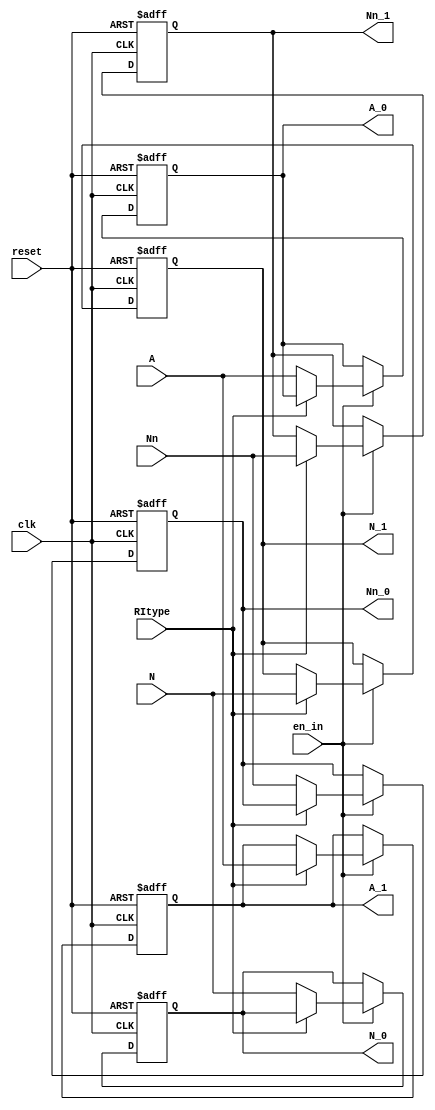
`timescale 1ns / 1ps
//////////////////////////////////////////////////////////////////////////////////
// Company: 
// Engineer: 
// 
// Design Name: 
// Module Name:    run_parameter 
// Project Name: 
// Target Devices: 
// Tool versions: 
// Description: 
//
// Dependencies: 
//
// Revision: 
// Revision 0.01 - File Created
// Additional Comments: 
//
//////////////////////////////////////////////////////////////////////////////////
module run_parameter(clk, reset, en_in,RItype, A, Nn, N, A_1, Nn_1, N_1, A_0, Nn_0, N_0);
    input clk;
    input reset;
    input en_in;
	 input RItype;
    input [12:0] A;
    input [6:0] Nn;
    input [6:0] N;
	 
    output [12:0] A_1;
    output [6:0] Nn_1;
    output [6:0] N_1;
    output [12:0] A_0;
    output [6:0] Nn_0;
    output [6:0] N_0;
	 
	 reg [12:0] A_1;
    reg [6:0] Nn_1;
    reg [6:0] N_1;
    reg [12:0] A_0;
    reg [6:0] Nn_0;
    reg [6:0] N_0;
	 
	 always@(posedge clk or negedge reset)   
	 if(!reset)
	   begin
		 A_1<=4;
       Nn_1<=0;
       N_1<=1;
       A_0<=4;
       Nn_0<=0;
       N_0<=1;
		end
	 else if(en_in)
	    begin
        if(RItype)
		    begin
			 A_1<=A;
          Nn_1<=Nn;
          N_1<=N;
			 end
			else
			 begin
			 A_0<=A;
          Nn_0<=Nn;
          N_0<=N;
			 end
	    end
	  else begin
	     	 A_1<=A_1;
          Nn_1<=Nn_1;
          N_1<=N_1;
          A_0<=A_0;
          Nn_0<=Nn_0;
          N_0<=N_0;
	     end

endmodule